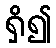
ရှိ၍